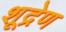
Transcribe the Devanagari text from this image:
शूद्रेण